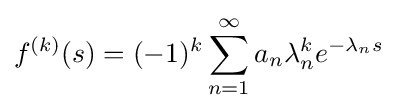
f^{(k)}(s)=(-1)^{k}\sum _{n=1}^{\infty }a_{n}\lambda _{n}^{k}e^{-\lambda _{n}s}